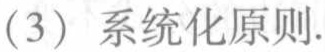
(3) 系统化原则.